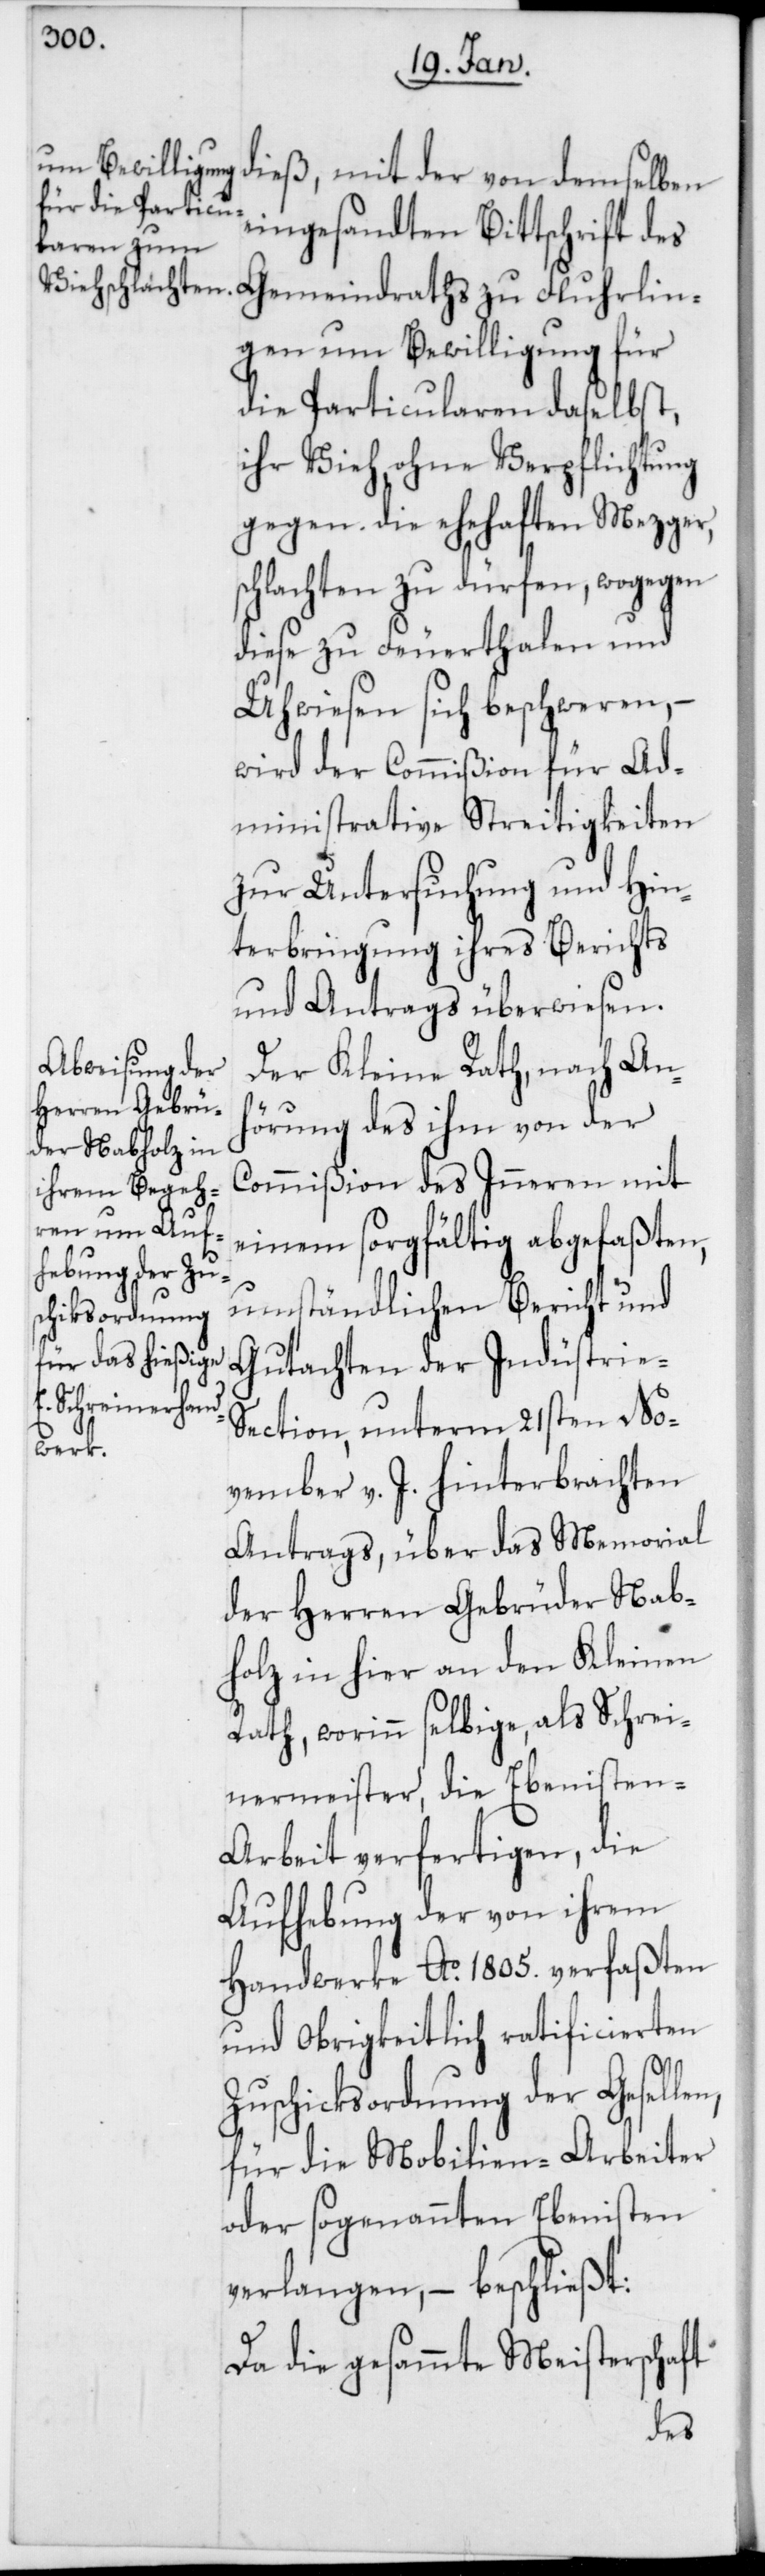
dieß, mit der von demselben
eingesandten Bittschrift des
Gemeindraths zu Fluhrlin¬
gen, um Bewilligung für
die Particularen daselbst,
ihr Vieh, ohne Verpflichtung
gegen die ehehaften Mezger,
chlachten zu dürfen, wogegen
diese zu Feuerthalen und
Uhwiesen sich beschweren, –
wird der Commißion für Ad¬
ministrative Streitigkeiten
zur Untersuchung und Hin¬
terbringung ihres Berichts
und Antrags überwiesen.
Der Kleine Rath, nach Anh¬
örung des ihm von der
Commißion des Inneren mit
einem sorgfältig abgefaßten,
umständlichen Bericht und
Gutachten der Industrie-S¬
ection, unterm 21sten No¬
vember v. J. hinterbrachten
Antrags, über das Memorial
der Herren Gebrüder Nab¬
holz in hier an den Kleinen
Rath, worinn selbige, als Schrei¬
nermeister, die Ebenisten-A¬
rbeit verfertigen, die
Aufhebung der von ihrem
Handwerke Ao. 1805. verfaßten
und Obrigkeitlich ratificierten
Zuschicksordnung der Gesel¬
für die Mobilien-Arbeiter
oder sogenannten Ebenisten
verlangen, – beschließt:
Da die gesammte Meisterschaft
len,